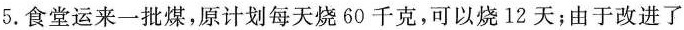
5.食堂运来一批煤，原计划每天烧60千克，可以烧12天；由于改进了